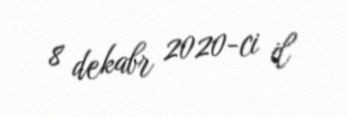
8 dekabr 2020-ci il